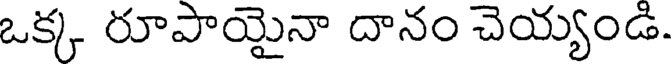
ఒక్క రూపాయైనా దానం చెయ్యండి.